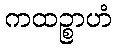
ကထဉ္စာဟံ